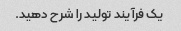
یک فرآیند تولید را شرح دهید.